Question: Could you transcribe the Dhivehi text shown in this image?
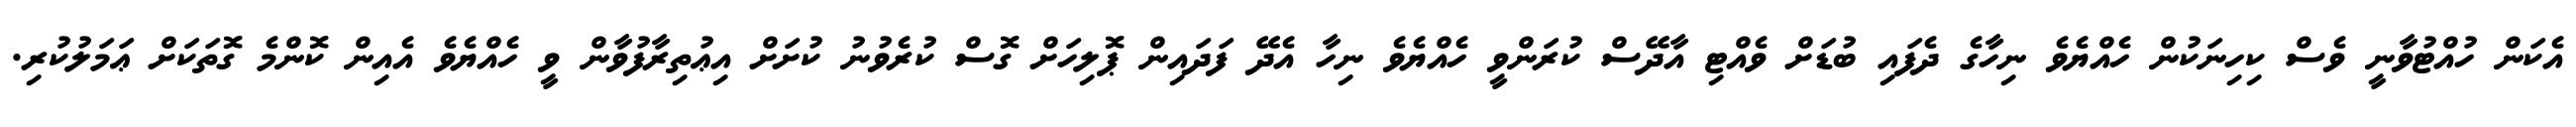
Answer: އެކަން ހުއްޓުވާނީ ވެސް ކިހިނަކުން ހެއްޔެވެ ނިހާގެ ދެފައި ބުޑަށް ވެއްޓި އާދޭސް ކުރަންވީ ހެއްޔެވެ ނިހާ އެދޭ ފަދައިން ޕޮލިހަށް ގޮސް ކުރެވުނު ކުށަށް އިޢުތިރާފުވާން ވީ ހެއްޔެވެ އެއިން ކޮންމެ ގޮތަކަށް ޢަމަލުކުރި.